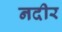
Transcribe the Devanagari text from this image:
नदीर